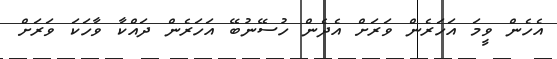
އެހެން ވީމަ އަހަރެން ވަރަށް އެދެން ހުސޭނުބޭ އަހަރެން ދައްކާ ވާހަކަ ވަރަށް